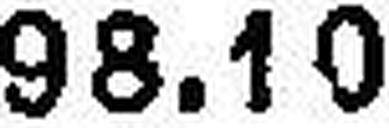
98.10